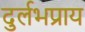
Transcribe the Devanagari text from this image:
दुर्लभप्राय